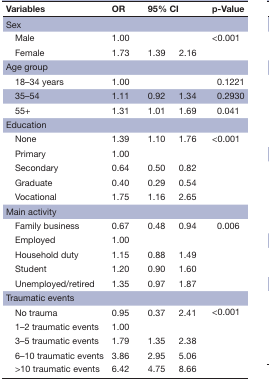
<table><thead><tr><td><b>Variables</b></td><td><b>OR</b></td><td colspan="2"><b>95% CI</b></td><td><b>p-Value</b></td></tr></thead><tbody><tr><td colspan="5">Sex</td></tr><tr><td> Male</td><td>1.00</td><td></td><td></td><td rowspan="2">&lt;0.001</td></tr><tr><td> Female</td><td>1.73</td><td>1.39</td><td>2.16</td></tr><tr><td colspan="5">Age group</td></tr><tr><td> 18–34 years</td><td>1.00</td><td></td><td></td><td>0.1221</td></tr><tr><td> 35–54</td><td>1.11</td><td>0.92</td><td>1.34</td><td>0.2930</td></tr><tr><td> 55+</td><td>1.31</td><td>1.01</td><td>1.69</td><td>0.041</td></tr><tr><td colspan="5">Education</td></tr><tr><td> None</td><td>1.39</td><td>1.10</td><td>1.76</td><td rowspan="5">&lt;0.001</td></tr><tr><td> Primary</td><td>1.00</td><td></td><td></td></tr><tr><td> Secondary</td><td>0.64</td><td>0.50</td><td>0.82</td></tr><tr><td> Graduate</td><td>0.40</td><td>0.29</td><td>0.54</td></tr><tr><td> Vocational</td><td>1.75</td><td>1.16</td><td>2.65</td></tr><tr><td colspan="5">Main activity</td></tr><tr><td> Family business</td><td>0.67</td><td>0.48</td><td>0.94</td><td rowspan="5">0.006</td></tr><tr><td> Employed</td><td>1.00</td><td></td><td></td></tr><tr><td> Household duty</td><td>1.15</td><td>0.88</td><td>1.49</td></tr><tr><td> Student</td><td>1.20</td><td>0.90</td><td>1.60</td></tr><tr><td> Unemployed/retired</td><td>1.35</td><td>0.97</td><td>1.87</td></tr><tr><td colspan="5">Traumatic events</td></tr><tr><td> No trauma</td><td>0.95</td><td>0.37</td><td>2.41</td><td rowspan="5">&lt;0.001</td></tr><tr><td> 1–2 traumatic events</td><td>1.00</td><td></td><td></td></tr><tr><td> 3–5 traumatic events</td><td>1.79</td><td>1.35</td><td>2.38</td></tr><tr><td> 6–10 traumatic events</td><td>3.86</td><td>2.95</td><td>5.06</td></tr><tr><td> &gt;10 traumatic events</td><td>6.42</td><td>4.75</td><td>8.66</td></tr></tbody></table>